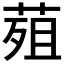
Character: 𮏭